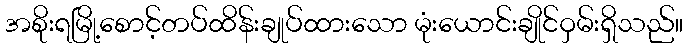
အစိုးရမြို့စောင့်တပ်ထိန်းချုပ်ထားသော မုံးယောင်းချိုင်ဝှမ်းရှိသည်။